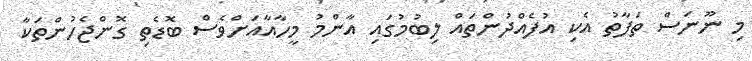
މި ނޫނަސް ތަފާތު އެކި އުފެއްދުންތައް ލިބުމުގައި އާންމު މީހާއާއަށްވެސް ބޮޑެތި ގޮންޖެހުންތަކާ